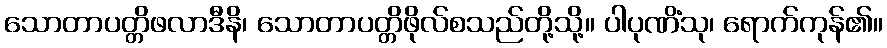
သောတာပတ္တိဖလာဒီနိ၊ သောတာပတ္တိဖိုလ်စသည်တို့သို့။ ပါပုဏိံသု၊ ရောက်ကုန်၏။